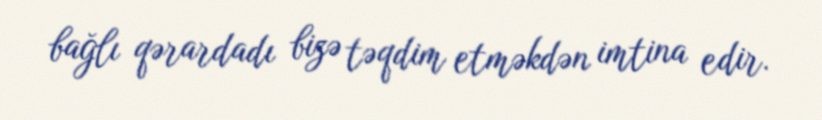
bağlı qərardadı bizə təqdim etməkdən imtina edir.